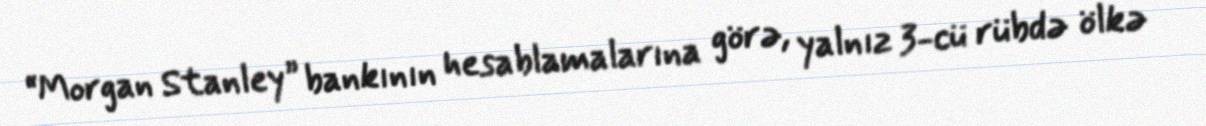
“Morgan Stanley” bankının hesablamalarına görə, yalnız 3-cü rübdə ölkə